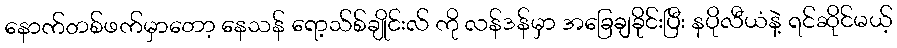
နောက်တစ်ဖက်မှာတော့ နေသန် ရော့သ်စ်ချိုင်းလ် ကို လန်ဒန်မှာ အခြေချခိုင်းပြီး နပိုလီယံနဲ့ ရင်ဆိုင်မယ့်